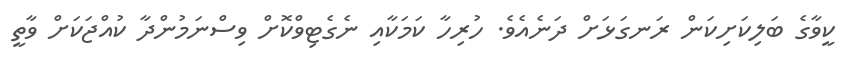
ކީވާގެ ބަލިކަށިކަން ރަނގަޅަށް ދަނެއެވެ. ހުރިހާ ކަމަކާއި ނެގެޓިވްކޮށް ވިސްނަމުންދާ ކުއްޖަކަށް ވާތީ